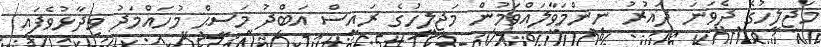
މަޖިލީހުގެ ދެވަނަ ދައުރު ނިންމަވާލައްވަމުން މަޖިލީހުގެ ރައީސް އަބްދު މަސީޙް މުހައްމަދު ވިދާޅުވެފައި